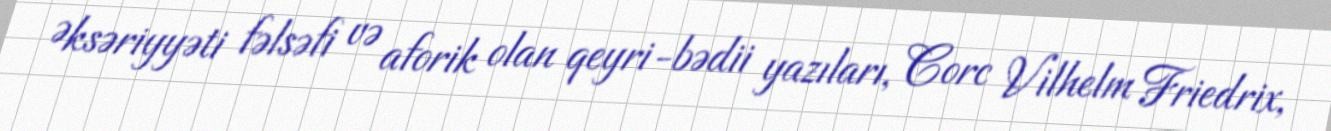
Əksəriyyəti fəlsəfi və aforik olan qeyri-bədii yazıları, Corc Vilhelm Friedrix,